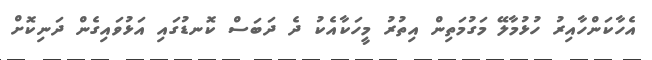
އެހާކަންހާއިރު ހުޅުމާލޭ މަގުމަތިން އިތުރު މީހަކާއެކު ދެ ދަބަސް ކޮނޑުގައި އަޅުވައިގެން ދަނިކޮށް